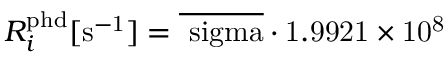
R _ { i } ^ { \mathrm { { p h d } } } [ \mathrm { { s ^ { - 1 } } ] = \overline { { \ s i g m a } } \cdot 1 . 9 9 2 1 \times 1 0 ^ { 8 } }